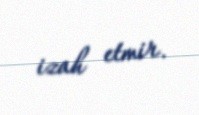
izah etmir.